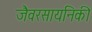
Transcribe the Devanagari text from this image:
जैवरसायनिकी